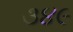
૩૪૯